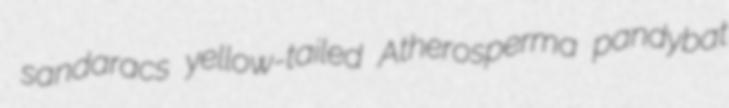
sandaracs yellow-tailed Atherosperma pandybat